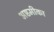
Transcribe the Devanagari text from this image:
अष्टमीका